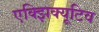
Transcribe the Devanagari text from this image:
एक्झिक्यूटिव